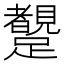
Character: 𨇜